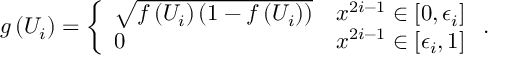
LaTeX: g \left( U _ { i } \right) = \left\{ \begin{array} { l l } { { \sqrt { f \left( U _ { i } \right) \left( 1 - f \left( U _ { i } \right) \right) } } } & { { x ^ { 2 i - 1 } \in \left[ 0 , \epsilon _ { i } \right] } } \\ { { 0 } } & { { x ^ { 2 i - 1 } \in \left[ \epsilon _ { i } , 1 \right] } } \end{array} \right. .